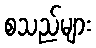
စသည်များ